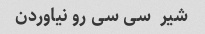
شیر  سی سی رو نیاوردن